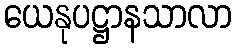
ယေနုပဋ္ဌာနသာလာ